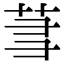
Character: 𬜮